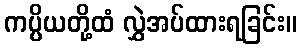
ကပ္ပိယတို့ထံ လွှဲအပ်ထားရခြင်း။